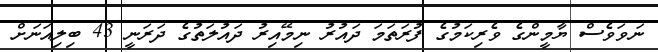
ނަވަވެސް ޔާމީންގެ ވެރިކަމުގެ ފުރަތަަމަ ދައުރު ނިމޭއިރު ދައުލަތުގެ ދަރަނީ 43 ބިލިއަނަށް